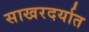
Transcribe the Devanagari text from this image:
साखरदर्यात